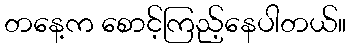
တနေ့က စောင့်ကြည့်နေပါတယ်။